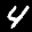
Label: 4